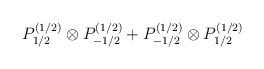
LaTeX: \begin{align*}P^{(1/2)}_{1/2}\otimes P^{(1/2)}_{-1/2} + P^{(1/2)}_{-1/2}\otimes P^{(1/2)}_{1/2}\end{align*}